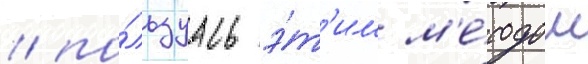
/ по́льзуась э́т'им м'е́тодом